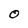
Character: 0